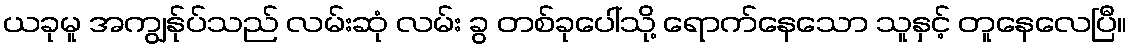
ယခုမူ အကျွန်ုပ်သည် လမ်းဆုံ လမ်း ခွ တစ်ခုပေါ်သို့ ရောက်နေသော သူနှင့် တူနေလေပြီ။